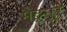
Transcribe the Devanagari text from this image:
मैट्टनूर